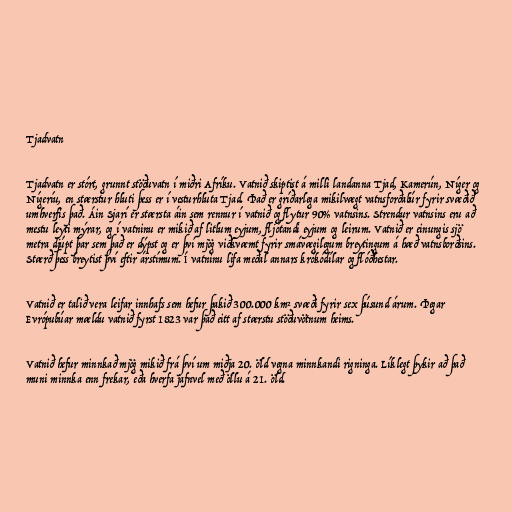
Tjadvatn

Tjadvatn er stórt, grunnt stöðuvatn í miðri Afríku. Vatnið skiptist á milli landanna Tjad, Kamerún, Níger og
Nígeríu, en stærstur hluti þess er í vesturhluta Tjad. Það er gríðarlega mikilvægt vatnsforðabúr fyrir svæðið
umhverfis það. Áin Sjarí er stærsta áin sem rennur í vatnið og flytur 90% vatnsins. Strendur vatnsins eru að
mestu leyti mýrar, og í vatninu er mikið af litlum eyjum, fljótandi eyjum og leirum. Vatnið er einungis sjö
metra djúpt þar sem það er dýpst og er því mjög viðkvæmt fyrir smávægilegum breytingum á hæð vatnsborðsins.
Stærð þess breytist því eftir árstímum. Í vatninu lifa meðal annars krókódílar og flóðhestar.

Vatnið er talið vera leifar innhafs sem hefur þakið 300.000 km² svæði fyrir sex þúsund árum. Þegar
Evrópubúar mældu vatnið fyrst 1823 var það eitt af stærstu stöðuvötnum heims.

Vatnið hefur minnkað mjög mikið frá því um miðja 20. öld vegna minnkandi rigninga. Líklegt þykir að það
muni minnka enn frekar, eða hverfa jafnvel með öllu á 21. öld.